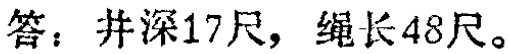
答：井深17尺，绳长48尺。